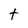
Character: t